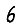
Digit: 6